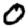
Digit: 0